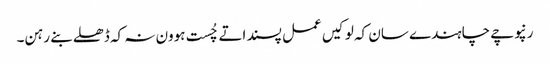
رنپوچے چاہندے سان کہ لوکیں عمل پسند اتے چُست ہوون نہ کہ ڈھلے بنے رہن۔